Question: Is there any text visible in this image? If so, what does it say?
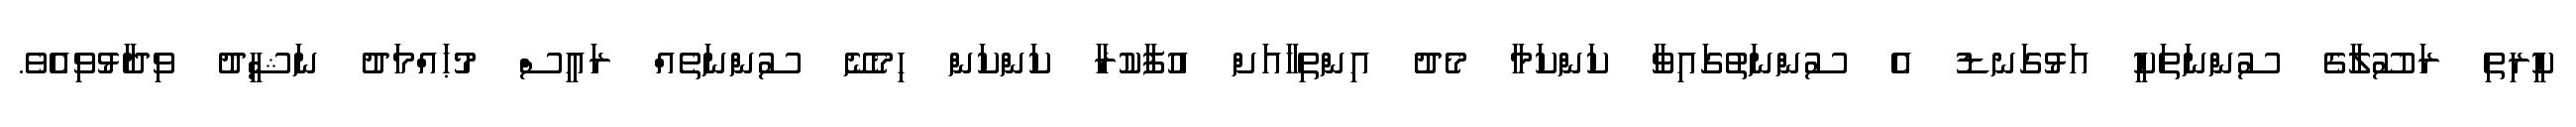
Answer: ކީރިތި ރަސޫލާގެ ސުންނަތަކީ އަޅުގަނޑު އެ ސުންނަތުގައިވާ ކަންކަމާ މެދު އިންތިހާއަށް އުފާކުރާ ކަންކަން ހިމެނޭ ސުންނަތެއް ރައީސް މުޙައްމަދު ނަޝީދު ވިދާޅުވިއެވެ.